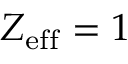
Z _ { \mathrm { e f f } } = 1